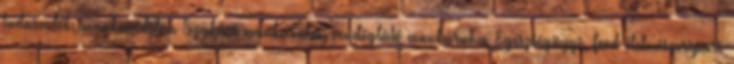
tudnivalók, munkavédelem Szakács munkaruha, vendéglátó munkaruha, Egészségügyi, Food élelmiszeripari